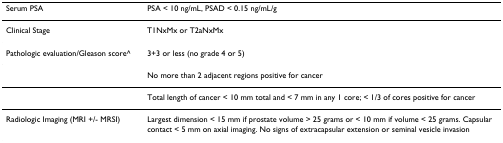
| Serum PSA | PSA < 10 ng/mL, PSAD < 0.15 ng/mL/g |
 | --- | --- |
 | Clinical Stage | T1NxMx or T2aNxMx |
 | Pathologic evaluation/Gleason score^ | 3+3 or less (no grade 4 or 5) |
 |  | No more than 2 adjacent regions positive for cancer |
 |  | Total length of cancer < 10 mm total and < 7 mm in any 1 core; < 1/3 of cores positive for cancer |
 | Radiologic Imaging (MRI +/- MRSI) | Largest dimension < 15 mm if prostate volume > 25 grams or < 10 mm if volume < 25 grams. Capsular contact < 5 mm on axial imaging. No signs of extracapsular extension or seminal vesicle invasion |